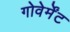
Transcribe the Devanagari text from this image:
गोवेर्मेंट